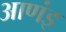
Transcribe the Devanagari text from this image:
आणंइ